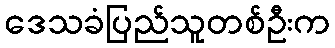
ဒေသခံပြည်သူတစ်ဦးက